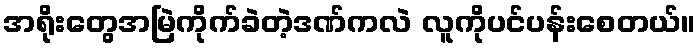
အရိုးတွေအမြဲကိုက်ခဲတဲ့ဒဏ်ကလဲ လူကိုပင်ပန်းစေတယ်။